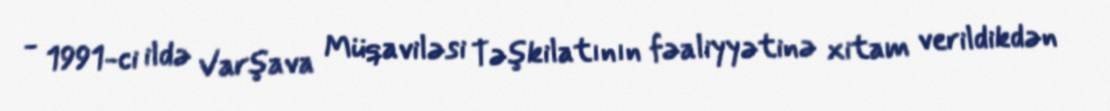
- 1991-ci ildə Varşava Müqaviləsi Təşkilatının fəaliyyətinə xitam verildikdən